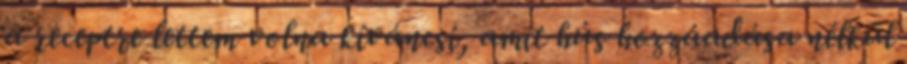
a receptre lettem volna kíváncsi, amit hús hozzáadása nélkül